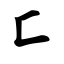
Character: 匚